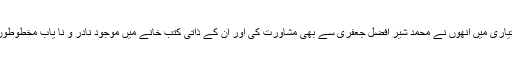
اس مسودے کی تیاری میں انھوں نے محمد شیر افضل جعفری سے بھی مشاورت کی اور ان کے ذاتی کتب خانے میں موجود نادر و نا یاب مخطوطوں پر بھی کام کیا۔